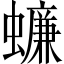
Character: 蠊